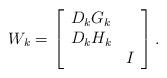
LaTeX: \begin{align*}W_k = \left[\begin{array}{cc}D_kG_k & \\D_kH_k & \\ & I\end{array}\right].\end{align*}